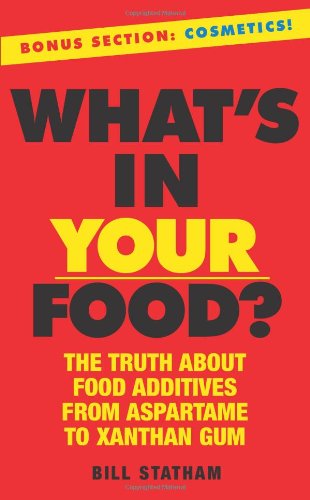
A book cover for What's In Your Food?: The Truth about Additives from Aspartame to Xanthan Gum; Bill Statham; Health, Fitness & Dieting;